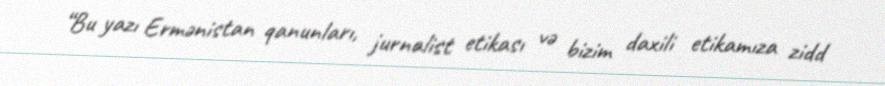
“Bu yazı Ermənistan qanunları, jurnalist etikası və bizim daxili etikamıza zidd